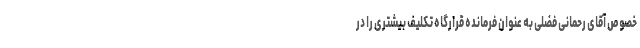
خصوص آقای رحمانی فضلی به عنوان فرمانده قرارگاه تکلیف بیشتری را در